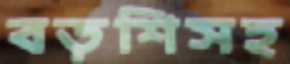
বড়শিসহ